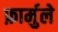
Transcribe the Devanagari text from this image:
फ़ार्मुले